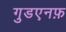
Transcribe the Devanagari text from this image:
गुडएनफ़